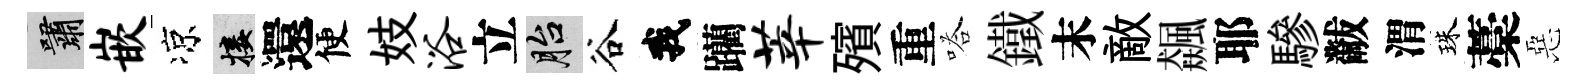
嘯嵌凉接還便妓浴立胎谷我躪莘殯重嗒鐵末敵飆耶驂黻渭珠藁惡